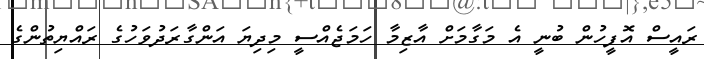
ރައީސް އޮފީހުން ބުނީ އެ މަގާމަށް އާޒިމާ ހަމަޖެއްސީ މިދިޔަ އަންގާރަދުވަހުގެ ރައްޔިތުންގެ